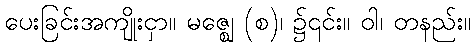
ပေးခြင်းအကျိုးငှာ။ မဇ္ဈေ (စ)၊ ၌၎င်း။ ဝါ၊ တနည်း။